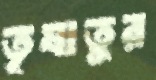
তৃষাতুর